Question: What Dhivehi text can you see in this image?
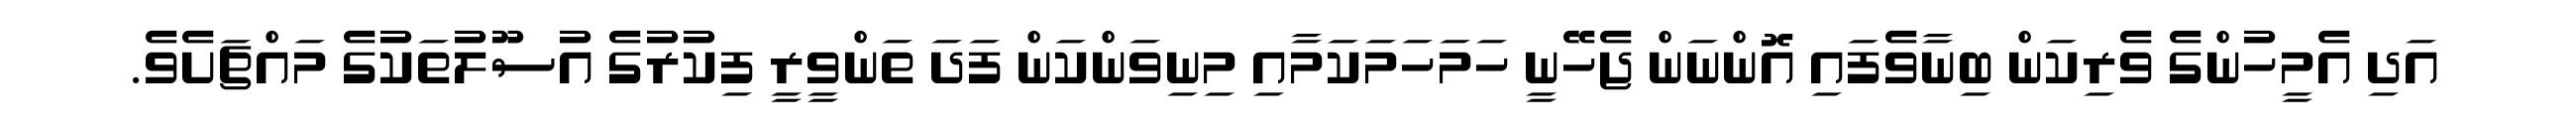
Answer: އަދި އެމީހުންގެ ވެރިކަން ބިނާވެފައި އޮންނަން ޖެހޭނީ ހަމަހަމަކަމާއި މިނިވަންކަން ފަދަ ތަންވީރީ ފިކުރުގެ އުސޫލުތަކުގެ މައްޗަށެވެ.